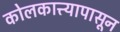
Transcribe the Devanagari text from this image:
कोलकात्त्यापासून